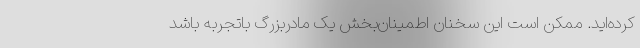
کرده‌اید. ممکن است این سخنان اطمینان‌بخش یک مادربزرگ باتجربه باشد